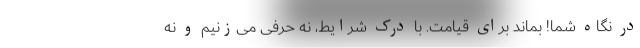
در نگاه شما! بماند برای قیامت. با درک شرایط، نه حرفی می‌زنیم و نه